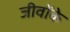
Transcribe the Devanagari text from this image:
जीवोंके